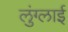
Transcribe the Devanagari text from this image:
लुंग्लाई